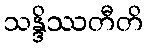
သန္ဒိဿတီတိ